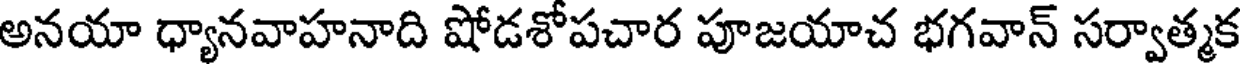
అనయా ధ్యానవాహనాది షోడశోపచార పూజయాచ భగవాన్ సర్వాత్మక